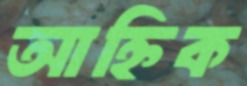
আহ্নিক